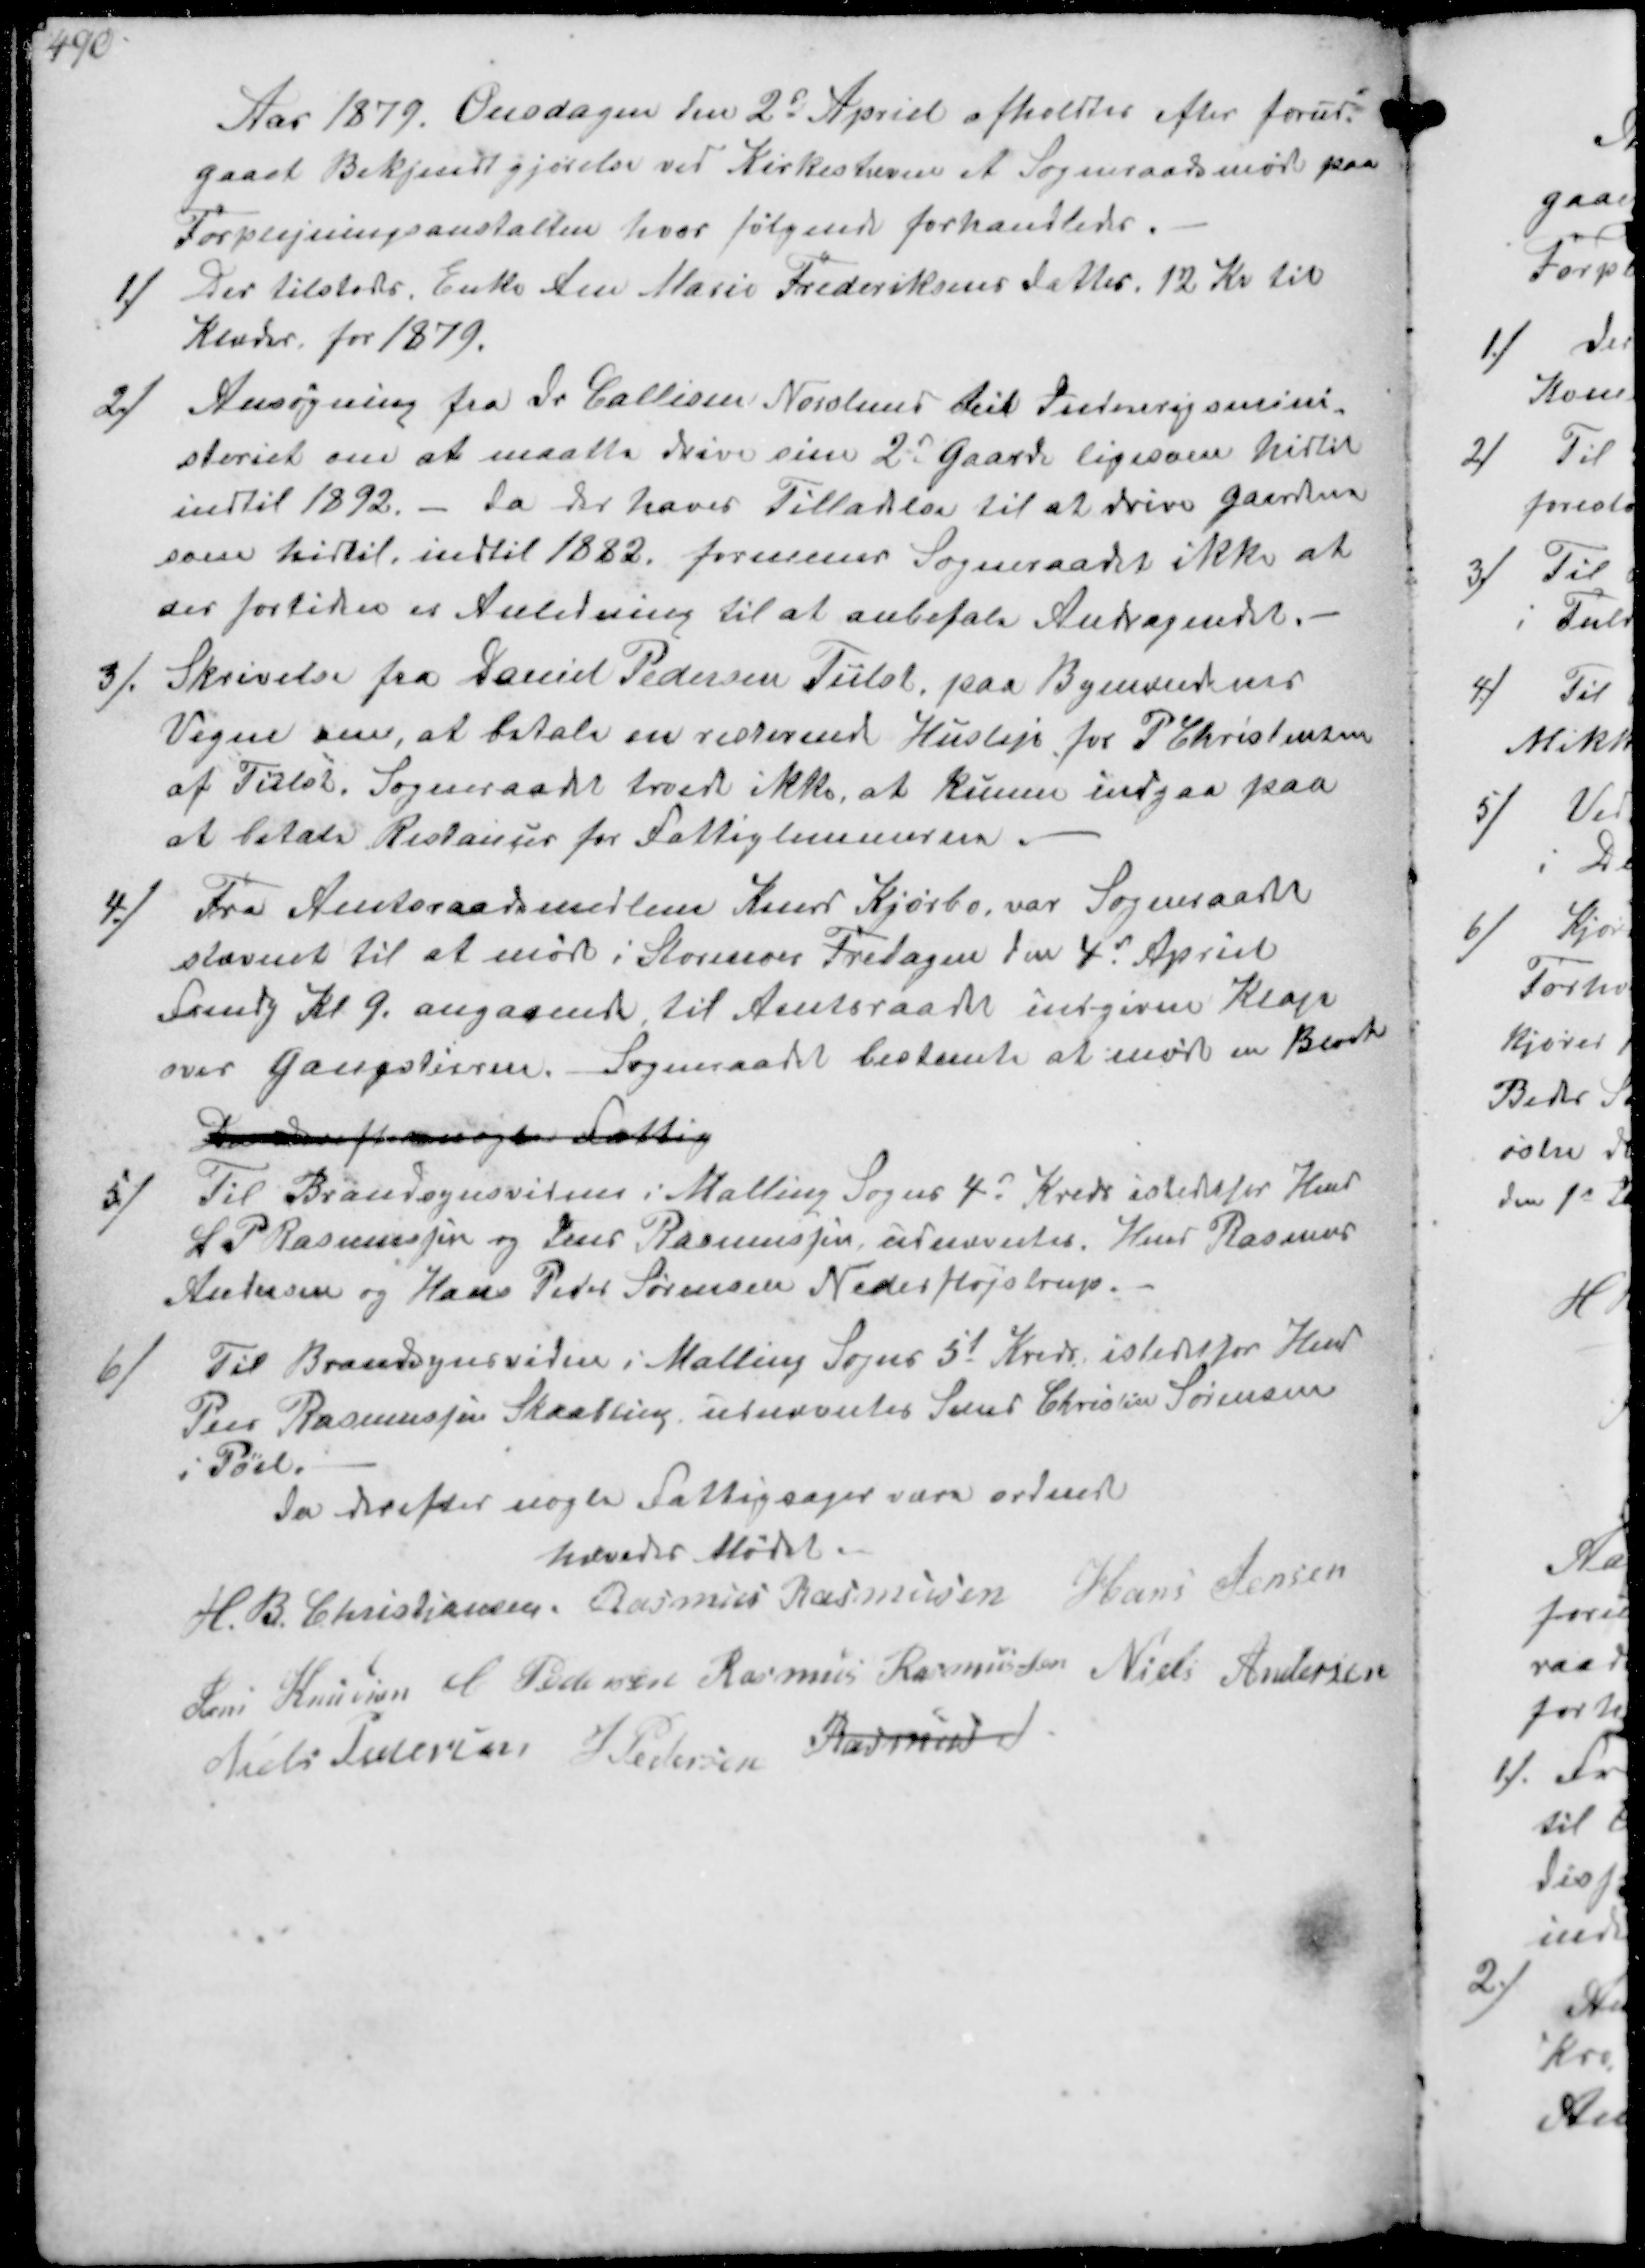
Transskription:
Aar 1879. Onsdagen den 2d April afholdtes efter forud-
gaaet Bekjendtgjørelse ved Kirkestævne et Sogneraadsmøde paa
Forplejningsanstalten hvor følgende forhandledes.
1/
der tilstodes Enke Ane Marie Frederiksens Datter 12 Kr til
Klæder for 1879.
2/
Ansøgning fra Dr Callisen Norslund til Indenrigsmini-
steriet om at maatte drive sine 2 Gaarde ligesom hidtil
indtil 1892.- da der haves Tilladelse til at drive gaardene
som hidtil, indtil 1882 formener Sogneraadet ikke at
der fortiden er Anledning til at anbefale Andragendet.
3
Skrivelse fra Daniel Pedersen Tiilst paa Byraadets
Vegne om, at betale en resterende Husleje for P Christensen
af Tiilst. Sogneraadet troede ikke, at kunne indgaa paa
at betale Restancer for Fattiglemmeren.

4./
Fra Amtsraadsmedlem Knud Kjørbo, var Sogneraadet
stævnet til at møde i Storenoer Fredagen den 4d April
Fmdg Kl 9. angaaende til Amtsraadet indgivne Klage
over Gangstierne. Sogneraadet bestemte at møde en Block
Da derefter nogle Fattig
5/
Til Brandsynsvidner i Malling Sogns 4' Kreds istedetfor Hmd
S P Rasmussen og Jens Rasmussen, udnævntes. Hmd Rasmus
Andersen og Hans Peder Sørensen Nederfløjstrup.
6/
Til Brandsynsvidne i Malling Sogns 5d Kreds istedetfor Hmd
Peer Rasmussen Skaabling udnævntes Svend Christian Sørensen
i Pøel.
da derefter nogle Fattigsager vare ordnede
hævedes Mødt.
H. B. Christjansen
Rasmus Rasmussen
Hans Jensen
Jens Knudsen
C Pedersen
Rasmus Rasmussen
Niels Andersen
Niels Pedersen
J. Pedersen
Rasmus